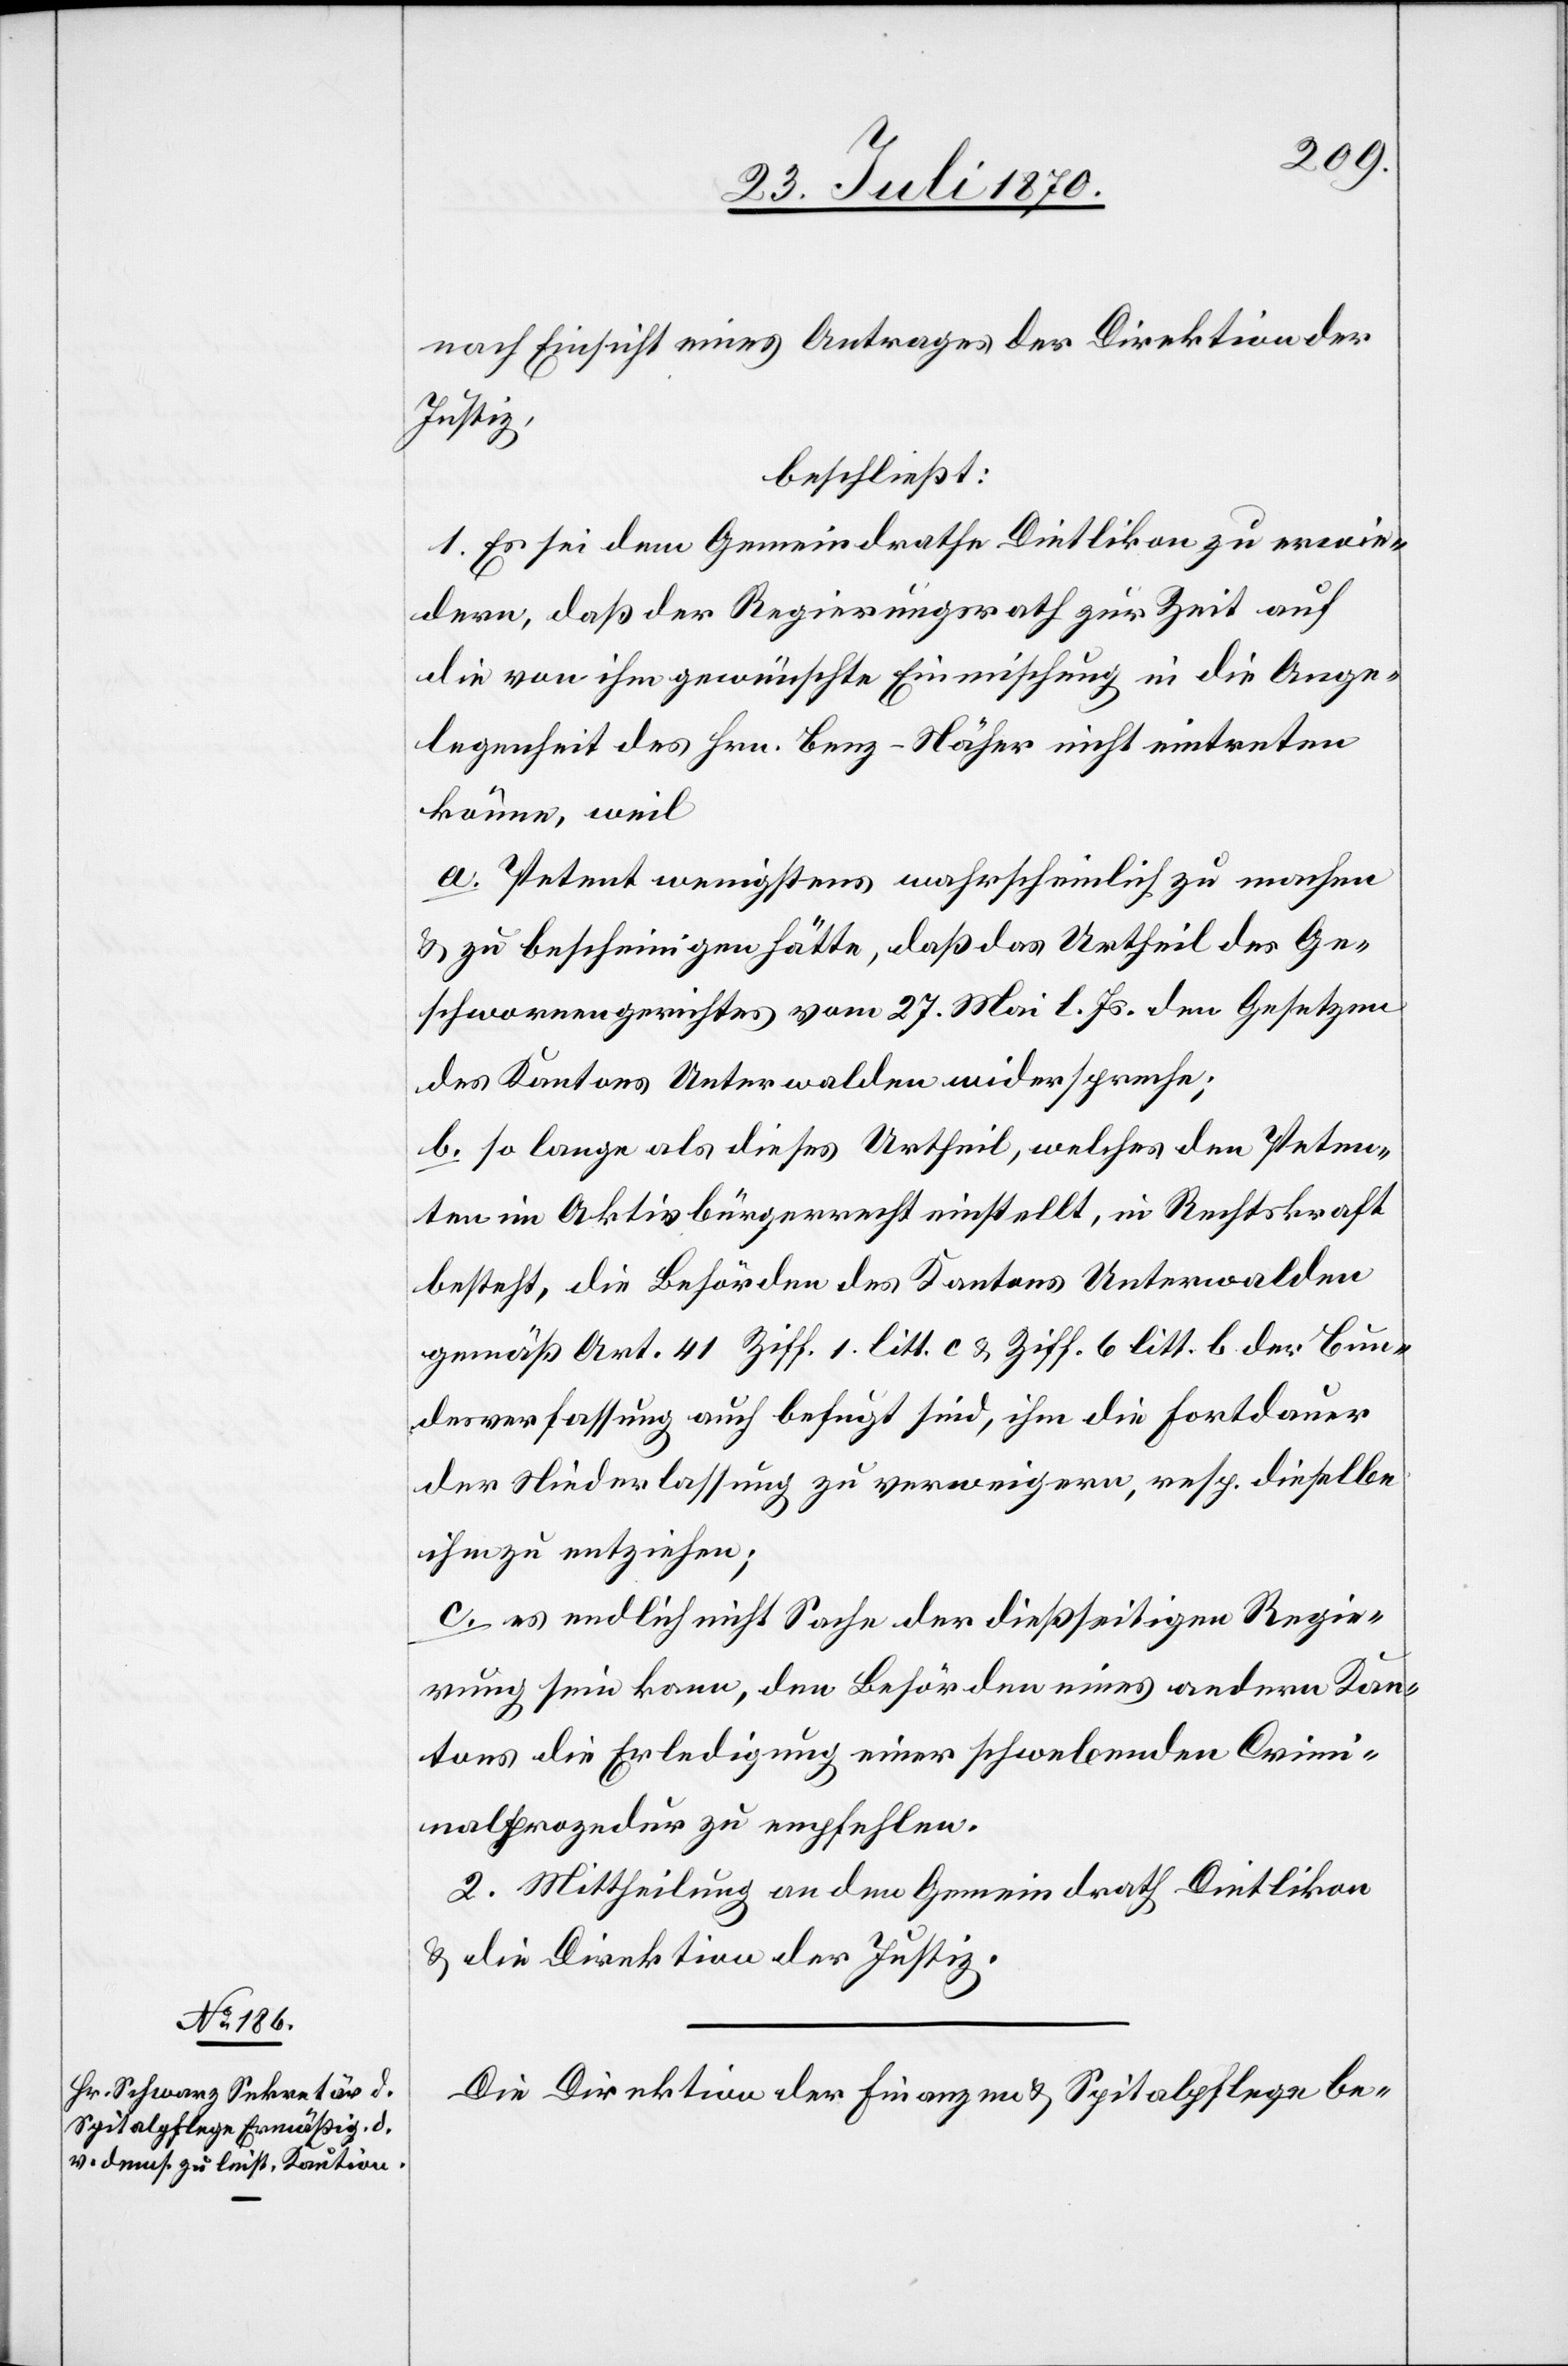
nach Einsicht eines Antrages der Direktion der
Justiz,
beschließt:
1. Es sei dem Gemeindrathe Dietlikon zu erwie¬
dern, daß der Regierungsrath zur Zeit auf
die von ihm gewünschte Einmischung in die Ange¬
legenheit des Hrn. Benz-Näher nicht eintreten
könne, weil
a. Petent wenigstens wahrscheinlich zu machen
& zu bescheinigen hätte, daß das Urtheil des Ge¬
schworenengerichtes vom 27. Mai l. Js. den Gesetzen
des Kantons Unterwalden widerspreche;
b. so lange als dieses Urtheil, welches den Peten¬
ten im Aktivbürgerrecht einstellt, in Rechtskraft
besteht, die Behörden des Kantons Unterwalden
gemäß Art. 41 Ziff. 1 litt. c & Ziff. 6 litt. b der Bun¬
desverfassung auch befugt sind, ihm die Fortdauer
der Niederlassung zu verweigern, resp. dieselbe
ihm zu entziehen;
c. es endlich nicht Sache der dießseitigen Regie¬
rung sein kann, den Behörden eines andern Kan¬
tons die Erledigung einer schwebenden Crimi¬
nalprozedur zu empfehlen.
2. Mittheilung an den Gemeindrath Dietlikon
& die Direktion der Justiz.
Die Direktion der Finanzen & Spitalpflege be-